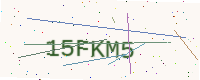
Text: 15FKM5